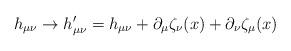
LaTeX: \begin{align*}h_{\mu\nu} \rightarrow h'_{\mu\nu} = h_{\mu\nu} + \partial_\mu \zeta_\nu (x) + \partial_\nu \zeta_\mu (x) \end{align*}